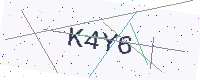
Text: K4Y6